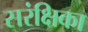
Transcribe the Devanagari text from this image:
सरंक्षिका